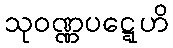
သုဝဏ္ဏပဋ္ဋေဟိ